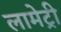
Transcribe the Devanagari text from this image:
लामेट्री